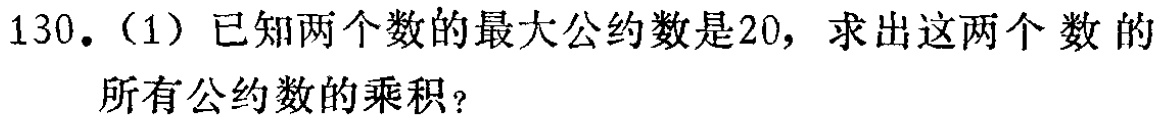
130.（1）已知两个数的最大公约数是20，求出这两个数的所有公约数的乘积？